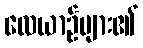
လေယာဉ်များ၏